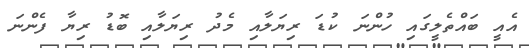
އެއީ ބައްތެލީގައި ހުންނަ ކުޑަ ރިޔަލާއި މެދު ރިޔަލާއި ބޮޑު ރިޔާ ފެންނަ